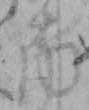
南